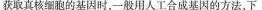
获取真核细胞的基因时，一般用人工合成基因的方法，下